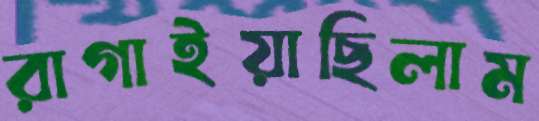
রাগাইয়াছিলাম